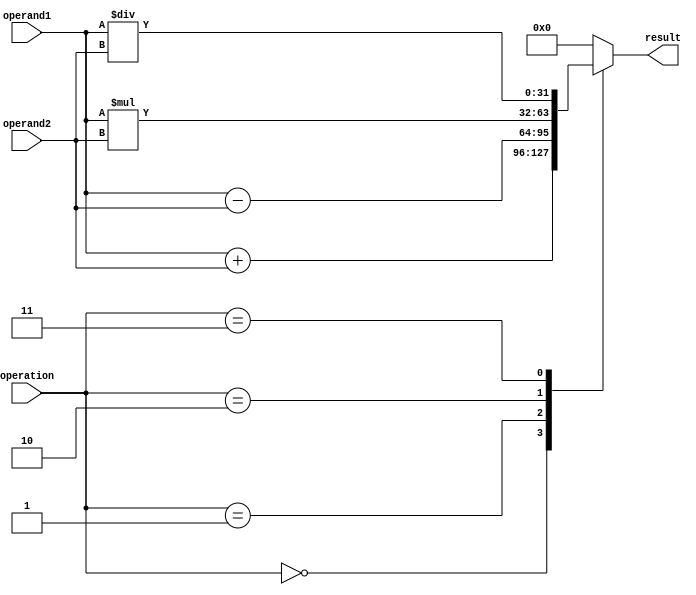
module ALU (
    input [31:0] operand1,
    input [31:0] operand2,
    input [2:0] operation,
    output reg [31:0] result
);

// Arithmetic blocks
reg [31:0] add_result, sub_result, mul_result, div_result;

// Control logic to select arithmetic block
always @*
begin
    case(operation)
        3'b000: result = operand1 + operand2;   // Addition
        3'b001: result = operand1 - operand2;   // Subtraction
        3'b010: result = operand1 * operand2;   // Multiplication
        3'b011: result = operand1 / operand2;   // Division
        default: result = 0;                    // Default to 0
    endcase
end

endmodule